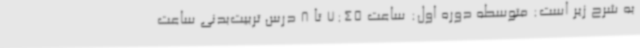
به شرح زیر است: متوسطه دوره اول: ساعت 7:45 تا 8 درس تربیت‌بدنی ساعت